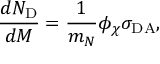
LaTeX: { \frac { d N _ { \mathrm { D } } } { d M } } = { \frac { 1 } { m _ { N } } } \phi _ { \chi } \sigma _ { \mathrm { D A } } ,